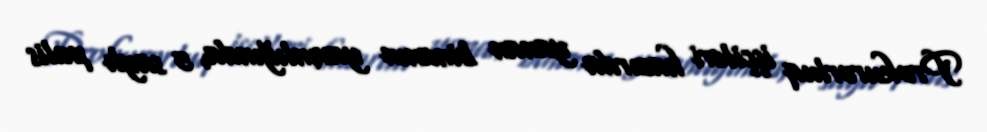
Prokurorluq işçiləri hazırda yanan binanın yaxınlığında, 5 saylı polis